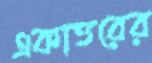
একাত্তরের